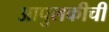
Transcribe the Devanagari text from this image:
आपुलकीची